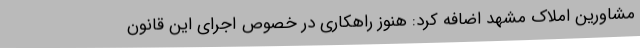
مشاورین املاک مشهد اضافه کرد: هنوز راهکاری در خصوص اجرای این قانون